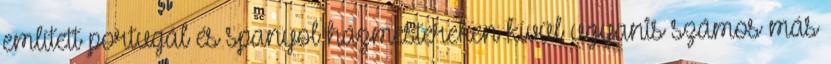
említett portugál és spanyol házmestereken kívül ugyanis számos más